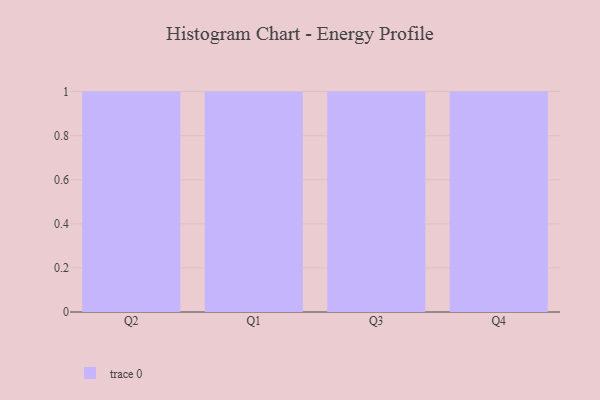
{"axis": {"x": "Quarter", "y": "Market Share (%)"}, "legend": [""], "data": [{"x": "Q2", "y": 90, "type": ""}, {"x": "Q1", "y": 88, "type": ""}, {"x": "Q3", "y": 47, "type": ""}, {"x": "Q4", "y": 54, "type": ""}]}